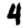
Digit: 4